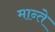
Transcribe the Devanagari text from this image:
मान्ते